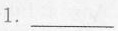
1.___